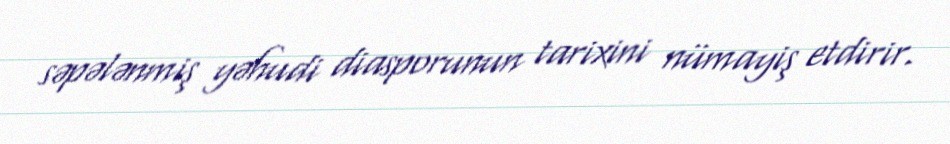
səpələnmiş yəhudi diasporunun tarixini nümayiş etdirir.